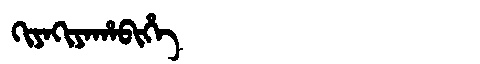
Manchu: ᡴᡳᠶᠠᡴᡳᠶᠠᡥᠠᠪᡳᡥᡝ
Romanization: KIYAKIYAHABIHE